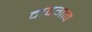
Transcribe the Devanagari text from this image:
दादगाव